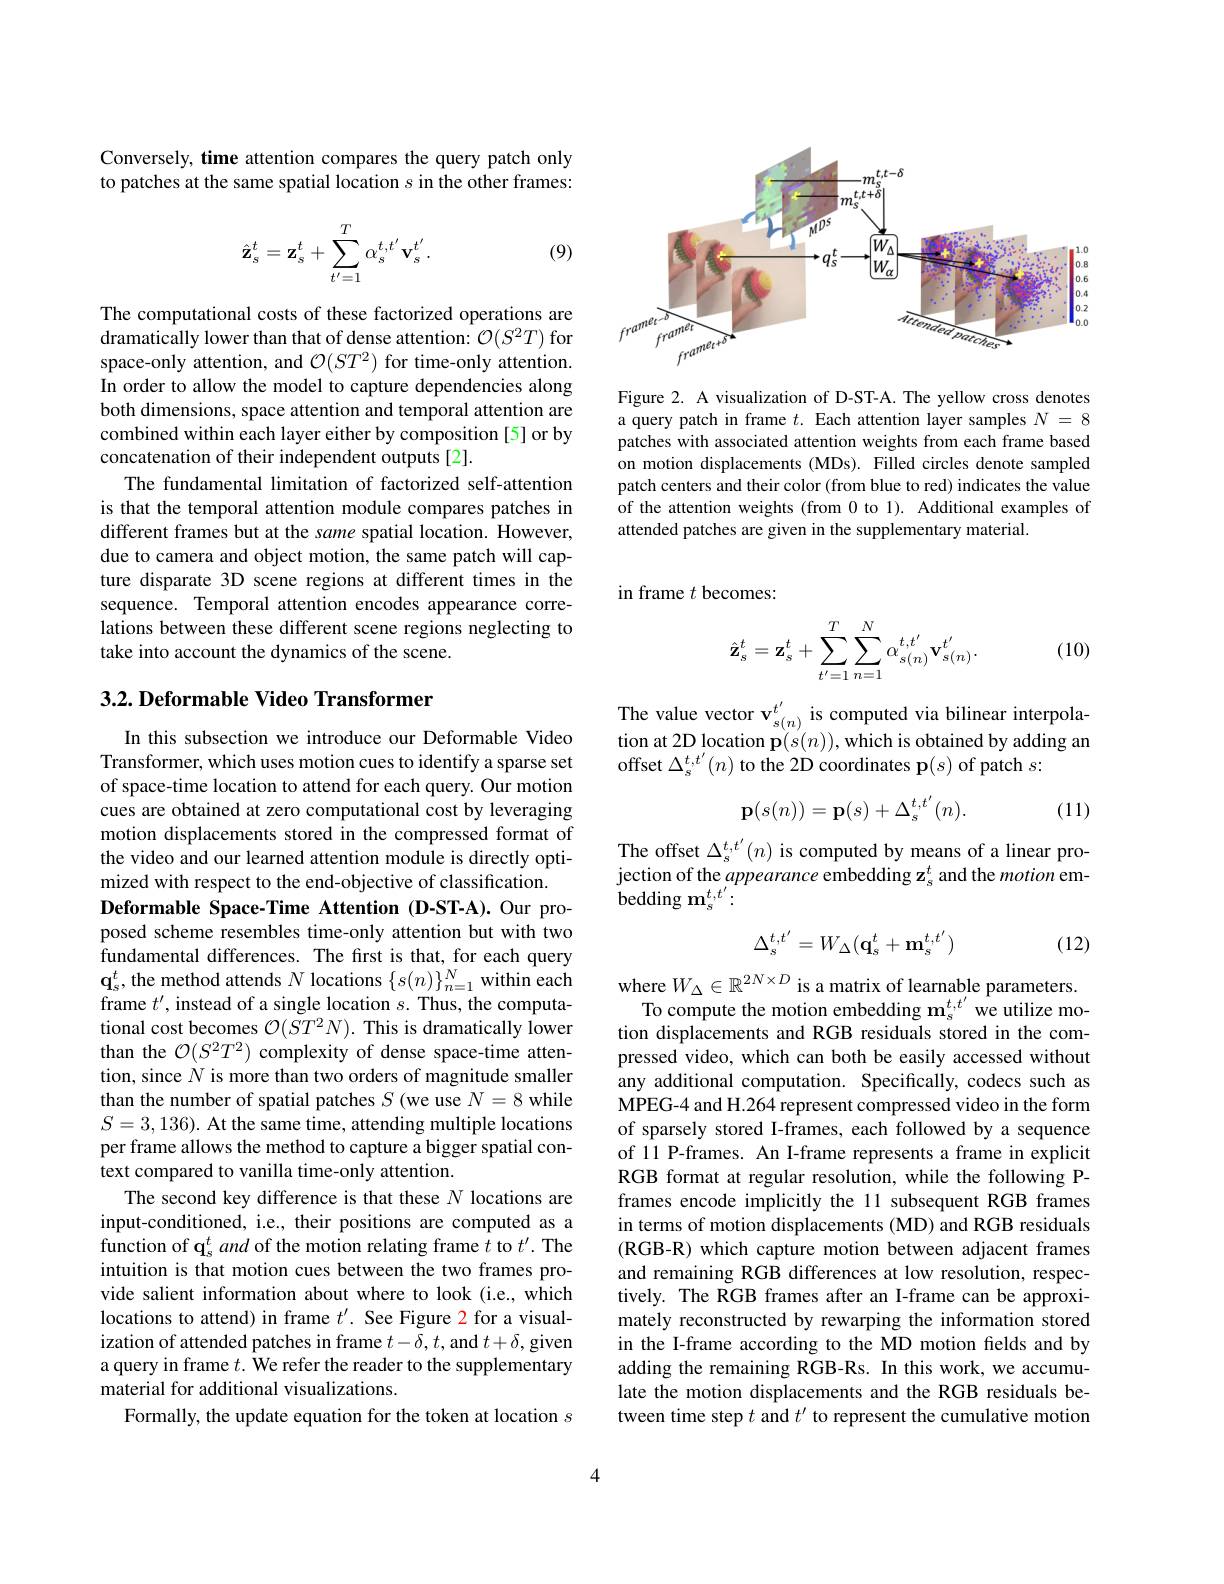
Conversely, time attention compares the query patch only to patches at the same spatial location $s$ in the other frames:

(9)
$$\hat{\mathbf{z}}_{s}^{t}=\mathbf{z}_{s}^{t}+\sum_{t'=1}^{T}\alpha_{s}^{t,t'}\mathbf{v}_{s}^{t'}.$$
The computational costs of these factorized operations are dramatically lower than that of dense attention: $\mathcal{O}(S^2T)$ for space-only attention, and $\mathcal{O}(ST^2)$ for time-only attention. In order to allow the model to capture dependencies along both dimensions, space attention and temporal attention are combined within each layer either by composition [5] or by concatenation of their independent outputs [2].
The fundamental limitation of factorized self-attention is that the temporal attention module compares patches in different frames but at the same spatial location. However, due to camera and object motion, the same patch will capture disparate 3D scene regions at different times in the sequence. Temporal attention encodes appearance correlations between these different scene regions neglecting to take into account the dynamics of the scene.

## $3. 2. \textbf{ Deformable Video Transformer}$

In this subsection we introduce our Deformable Video Transformer, which uses motion cues to identify a sparse set of space-time location to attend for each query. Our motion cues are obtained at zero computational cost by leveraging motion displacements stored in the compressed format of the video and our learned attention module is directly optimized with respect to the end-objective of classification.
Deformable Space-Time Attention (D-ST-A).Our proposed scheme resembles time-only attention but with two fundamental differences. The first is that, for each query $\mathbf{q}_{s}^{t}$, the method attends $N$ locations $\{s(n)\}_n=1^{N}$ within each frame $t^\prime$, instead of a single location $s.$ Thus, the computational cost becomes $\mathcal{O}(ST^2N).$ This is dramatically lower than the $\mathcal{O}(S^2T^2)$ complexity of dense space-time attention, since $N$ is more than two orders of magnitude smaller than the number of spatial patches $S$ (we use $N=8$ while $S=3,136).$ At the same time, attending multiple locations per frame allows the method to capture a bigger spatial context compared to vanilla time-only attention.
The second key difference is that these $N$ locations are input-conditioned, i.e., their positions are computed as a function of $\mathbf{q}_s^t$ and of the motion relating frame $t$ to $t^\prime.$ The intuition is that motion cues between the two frames provide salient information about where to look (i.e., which locations to attend) in frame $t^\prime.$ See Figure 2 for a visualization of attended patches in frame $t-\delta,t$, and $t+\delta$, given a query in frame $t.$ We refer the reader to the supplementary material for additional visualizations.
Formally, the update equation for the token at location $s$

<FigureHere>

Figure 2. A visualization of D-ST-A. The yellow cross denotes a query patch in frame $t.$ Each attention layer samples $N=8$ patches with associated attention weights from each frame based on motion displacements (MDs). Filled circles denote sampled patch centers and their color (from blue to red) indicates the value of the attention weights (from 0 to 1). Additional examples of attended patches are given in the supplementary material.

in frame $t$ becomes:

(10)
$$\hat{\mathbf{z}}_{s}^{t}=\mathbf{z}_{s}^{t}+\sum_{t'=1}^{T}\sum_{n=1}^{N}\alpha_{s(n)}^{t,t'}\mathbf{v}_{s(n)}^{t'}.$$
The value vector $\mathbf{v}_{s(n)}^{t^{\prime}}$ is computed via bilinear interpolation at 2D location p$(s(n))$,which is obtained by adding an
offset $\Delta_{\mathrm{s}}^{t,t^{\prime}}(n)$ to the 2D coordinates p(s) of patch $s:$
$$\mathbf{p}(s(n))=\mathbf{p}(s)+\Delta_{s}^{t,t^{\prime}}(n).$$
(11)

The offset $\Delta_{\mathrm{s}}^{t,t^{\prime}}(n)$ is computed by means of a linear projection of the appearance embedding $\mathbf{z}_s^t$ and the motion em- ${\mathrm{bedding~m}}_{s}^{t,t^{\prime}}:$
$$\Delta_s^{t,t'}=W_\Delta(\mathbf{q}_s^t+\mathbf{m}_s^{t,t'})$$
(12)

where $W_\Delta\in\mathbb{R}^{2N\times D}$ is a matrix of learnable parameters.
To compute the motion embedding $\mathbf{m}_s^{t,t^{\prime}}$ we utilize motion displacements and RGB residuals stored in the compressed video, which can both be easily accessed without any additional computation. Specifically, codecs such as MPEG-4 and H.264 represent compressed video in the form of sparsely stored I-frames, each followed by a sequence of 11 P-frames. An I-frame represents a frame in explicit RGB format at regular resolution, while the following Pframes encode implicitly the 11 subsequent RGB frames in terms of motion displacements (MD) and RGB residuals (RGB-R) which capture motion between adjacent frames and remaining RGB differences at low resolution, respectively. The RGB frames after an I-frame can be approximately reconstructed by rewarping the information stored in the I-frame according to the MD motion fields and by adding the remaining RGB-Rs. In this work, we accumulate the motion displacements and the RGB residuals between time step $t$ and $t^\prime$ to represent the cumulative motion

4